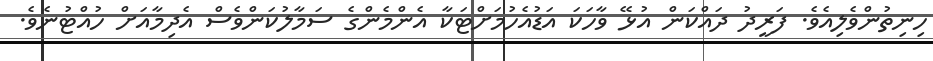
ހިނިތުންވެލިއެވެ. ފަރީދު ދައްކަން އުޅޭ ވާހަކަ އަޑުއެހުމަށްޓަކާ އެންމެންގެ ސަމާލުކަންވެސް އެދިމާއަށް ހުއްޓުނެވެ.